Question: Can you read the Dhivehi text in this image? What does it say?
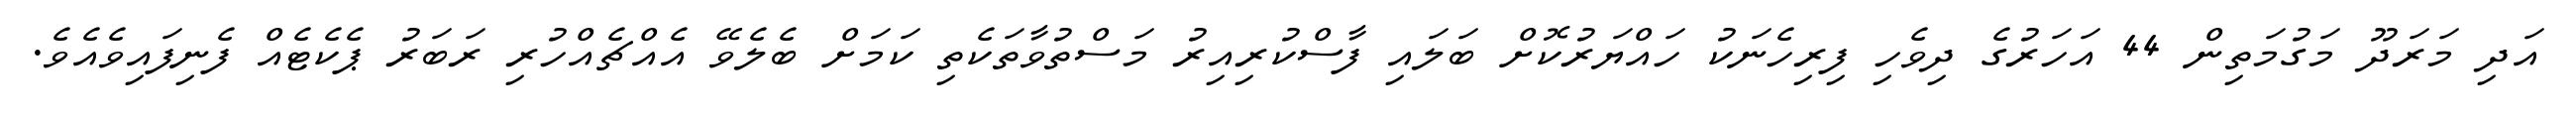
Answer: އަދި މަރަދޫ މަގުމަތިން 44 އަހަރުގެ ދިވެހި ފިރިހެނަކު ހައްޔަރުކޮށް ބަލައި ފާސްކުރިއިރު މަސްތުވާތަކެތި ކަމަށް ބެލެވޭ އެއްޗެއްހުރި ރަބަރު ޕެކެޓެއް ފެނިފައިވެއެވެ.